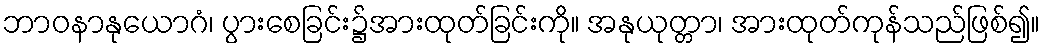
ဘာဝနာနုယောဂံ၊ ပွားစေခြင်း၌အားထုတ်ခြင်းကို။ အနုယုတ္တာ၊ အားထုတ်ကုန်သည်ဖြစ်၍။